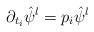
LaTeX: \begin{align*}\partial_{t_i} \hat{\psi}^l = p_i \hat{\psi}^l\end{align*}